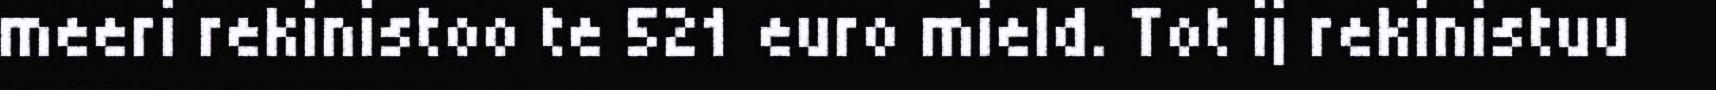
meeri rekinistoo te 521 euro mield. Tot ij rekinistuu